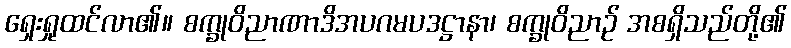
ရှေးရှုထင်လာ၏။ စက္ခုဝိညာဏာဒိအပဂမပဒဋ္ဌာနာ၊ စက္ခုဝိညာဉ် အစရှိသည်တို့၏